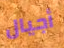
أجيال